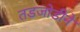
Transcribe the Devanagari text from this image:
तडजोडीने